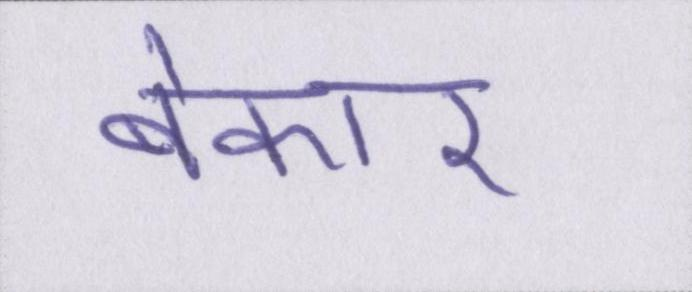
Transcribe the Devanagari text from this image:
बेकार